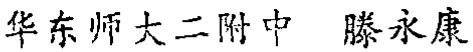
华东师大二附中 滕永康